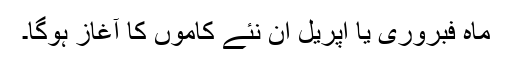
ماہ فبروری یا اپریل ان نئے کاموں کا آغاز ہوگا۔